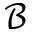
\mathcal { B }